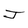
Character: J